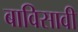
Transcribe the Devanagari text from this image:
बाविसावी